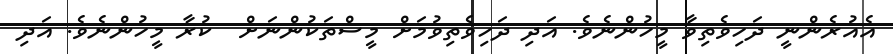
އެއުރެންނީ ދަހިވެތިވާ މީހުންނެވެ. އަދި ދަހިވެތިވުމަށް މީސްތަކުންނަށް  ކުރާ މީހުންނެވެ. އަދި